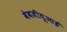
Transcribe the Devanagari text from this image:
वेबजीयूआई